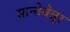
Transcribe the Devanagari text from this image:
सान्तेबेन्नूर